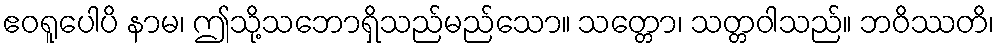
ဧဝရူပေါပိ နာမ၊ ဤသို့သဘောရှိသည်မည်သော။ သတ္တော၊ သတ္တဝါသည်။ ဘဝိဿတိ၊